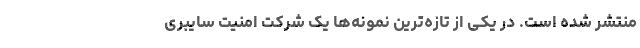
منتشر شده است. در یکی از تازه‌ترین نمونه‌ها یک شرکت امنیت سایبری